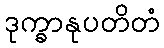
ဒုက္ခာနုပတိတံ